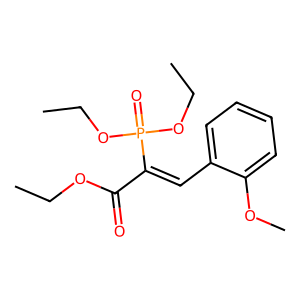
SMILES: CCOC(=O)C(=Cc1ccccc1OC)P(=O)(OCC)OCC
Inhibits HIV replication: No